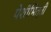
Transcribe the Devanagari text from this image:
पेशीभित्ती